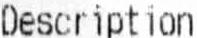
DESCRIPTION